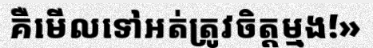
គឺមើលទៅអត់ត្រូវចិត្តម្មង!»